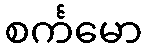
စင်္ကမော